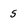
Character: 5